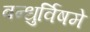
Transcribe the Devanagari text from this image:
बन्धुर्विषमे